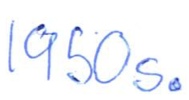
Text: 1950s.
Cross-out: clean
Writing tool: ballpoint